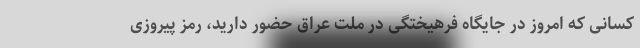
کسانی که امروز در جایگاه فرهیختگی در ملت عراق حضور دارید، رمز پیروزی